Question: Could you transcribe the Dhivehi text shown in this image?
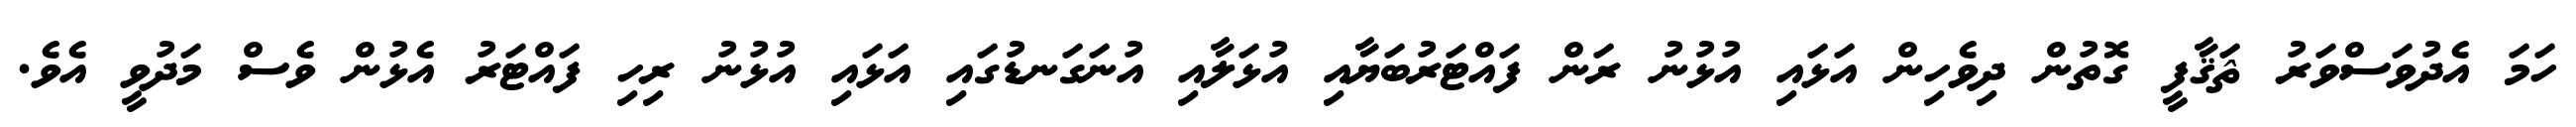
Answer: ހަމަ އެދުވަސްވަރު ޘަޤާފީ ގޮތުން ދިވެހިން އަޅައި އުޅުނު ރަން ފައްޓަރުބަޔާއި އުޅަލާއި އުނަގަނޑުގައި އަޅައި އުޅުނު ރިހި ފައްޓަރު އެޅުން ވެސް މަދުވީ އެވެ.